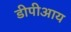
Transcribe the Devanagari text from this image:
डीपीआय